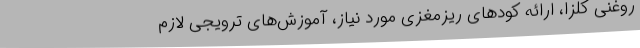
روغنی کلزا، ارائه کودهای ریزمغزی مورد نیاز، آموزش‌های ترویجی لازم